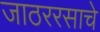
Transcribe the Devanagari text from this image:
जाठररसाचे